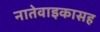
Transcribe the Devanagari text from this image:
नातेवाइकासह